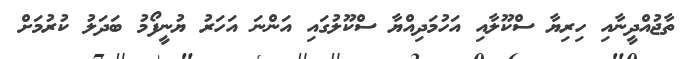
ތާޖުއްދީނާއި ހިރިޔާ ސްކޫލާއި އަހުމަދިއްޔާ ސްކޫލުގައި އަންނަ އަހަރު ޔުނީފޯމު ބަދަލު ކުރުމަށް